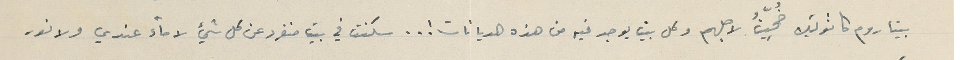
بيتا روم كاثوليك ضُحِيّتُ لاجلهم وكل بيت يوجد فيه من هذه الديانات ! .. سكنت في بيت منفرد عن كل شيئ لا مآء عندي ولا نور